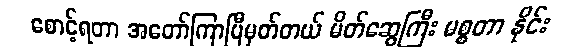
စောင့်ရတာ အတော်ကြာပြီမှတ်တယ် မိတ်ဆွေကြီး မစ္စတာ နိုင်း